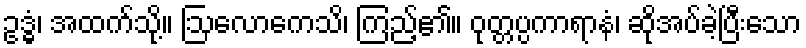
ဥဒ္ဓံ၊ အထက်သို့။ ဩလောကေသိ၊ ကြည့်၏။ ဝုတ္တပ္ပကာရာနံ၊ ဆိုအပ်ခဲ့ပြီးသော